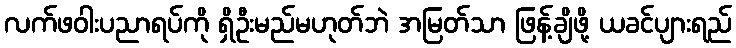
လက်ဖဝါးပညာရပ်ကို ရှိဦးမည်မဟုတ်ဘဲ အမြတ်သာ ဖြန့်ချိဖို့ ယခင်ပျားရည်